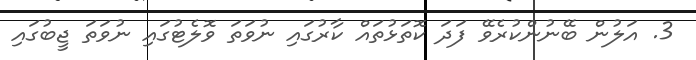
3. އަލުން ބޭނުންކުރެވޭ ފަދަ ކޮތަޅުތައް ކާރުގައި ނުވަތަ ވޮލެޓުގައި ނުވަތަ ޖީބުގައި